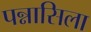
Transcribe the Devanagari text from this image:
पन्नासिला